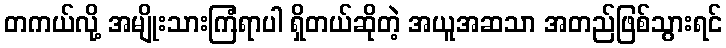
တကယ်လို့ အမျိုးသားကြံရာပါ ရှိတယ်ဆိုတဲ့ အယူအဆသာ အတည်ဖြစ်သွားရင်